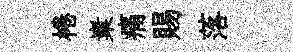
棬嶪痛賜落